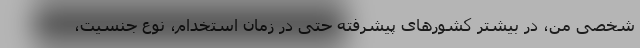
شخصی من، در بیشتر کشورهای پیشرفته حتی در زمان استخدام، ‌نوع جنسیت،